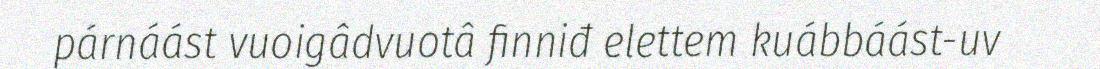
párnáást vuoigâdvuotâ finniđ elettem kuábbáást-uv